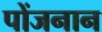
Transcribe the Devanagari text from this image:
पोंजनान